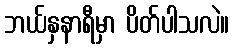
ဘယ်နှနာရီမှာ ပိတ်ပါသလဲ။